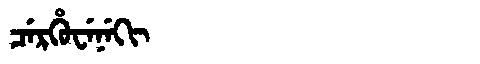
Manchu: ᠴᡝᡵᡥᡠᠸᡝᠨᡝᡴᡳ
Romanization: CERHUWENEKI